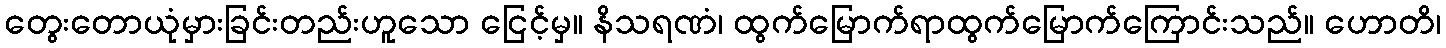
တွေးတောယုံမှားခြင်းတည်းဟူသော ငြေင့်မှ။ နိသရဏံ၊ ထွက်မြောက်ရာထွက်မြောက်ကြောင်းသည်။ ဟောတိ၊